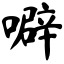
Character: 噼